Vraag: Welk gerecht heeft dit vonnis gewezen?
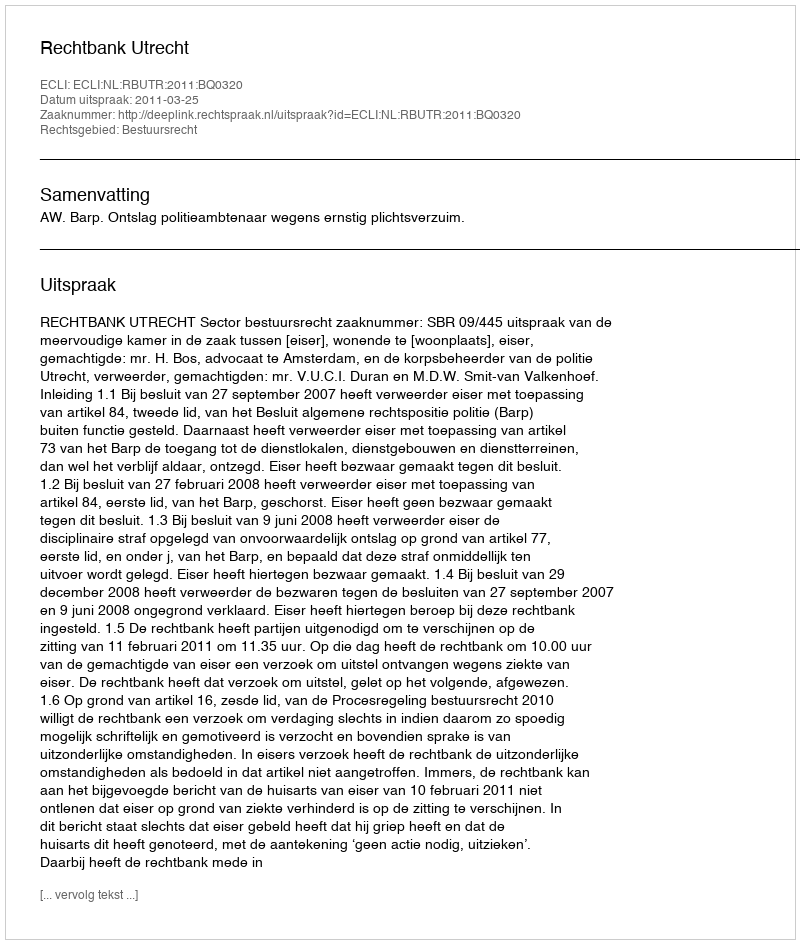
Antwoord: Rechtbank Utrecht